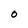
Character: O